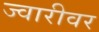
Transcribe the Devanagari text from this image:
ज्वारीवर